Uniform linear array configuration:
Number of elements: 48
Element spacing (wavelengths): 1
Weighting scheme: cosine
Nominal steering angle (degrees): -60
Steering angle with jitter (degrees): -61.158
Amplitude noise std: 0.05
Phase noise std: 0.05

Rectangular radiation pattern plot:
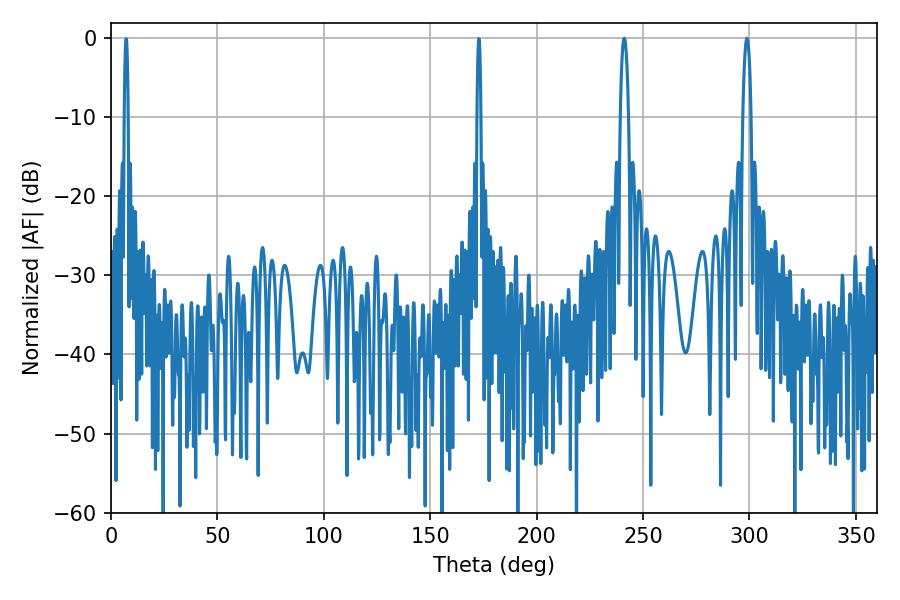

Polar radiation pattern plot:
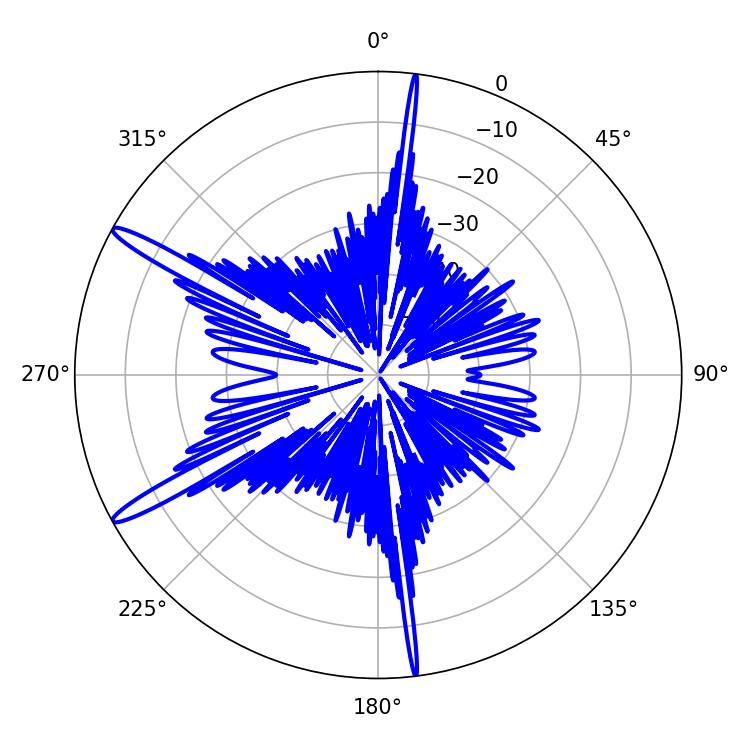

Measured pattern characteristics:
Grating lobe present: TRUE
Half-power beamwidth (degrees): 2.16
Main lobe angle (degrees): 298.8